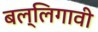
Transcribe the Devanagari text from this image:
बल्लिगावी